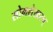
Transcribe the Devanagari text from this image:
सोमशेखरन्